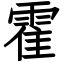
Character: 霍